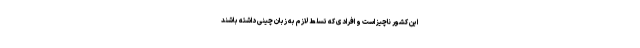
این کشور ناچیز است و افرادی که تسلط لازم به زبان چینی داشته باشند